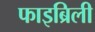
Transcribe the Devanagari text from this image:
फाइब्रिली